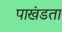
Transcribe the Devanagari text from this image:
पाखंडता